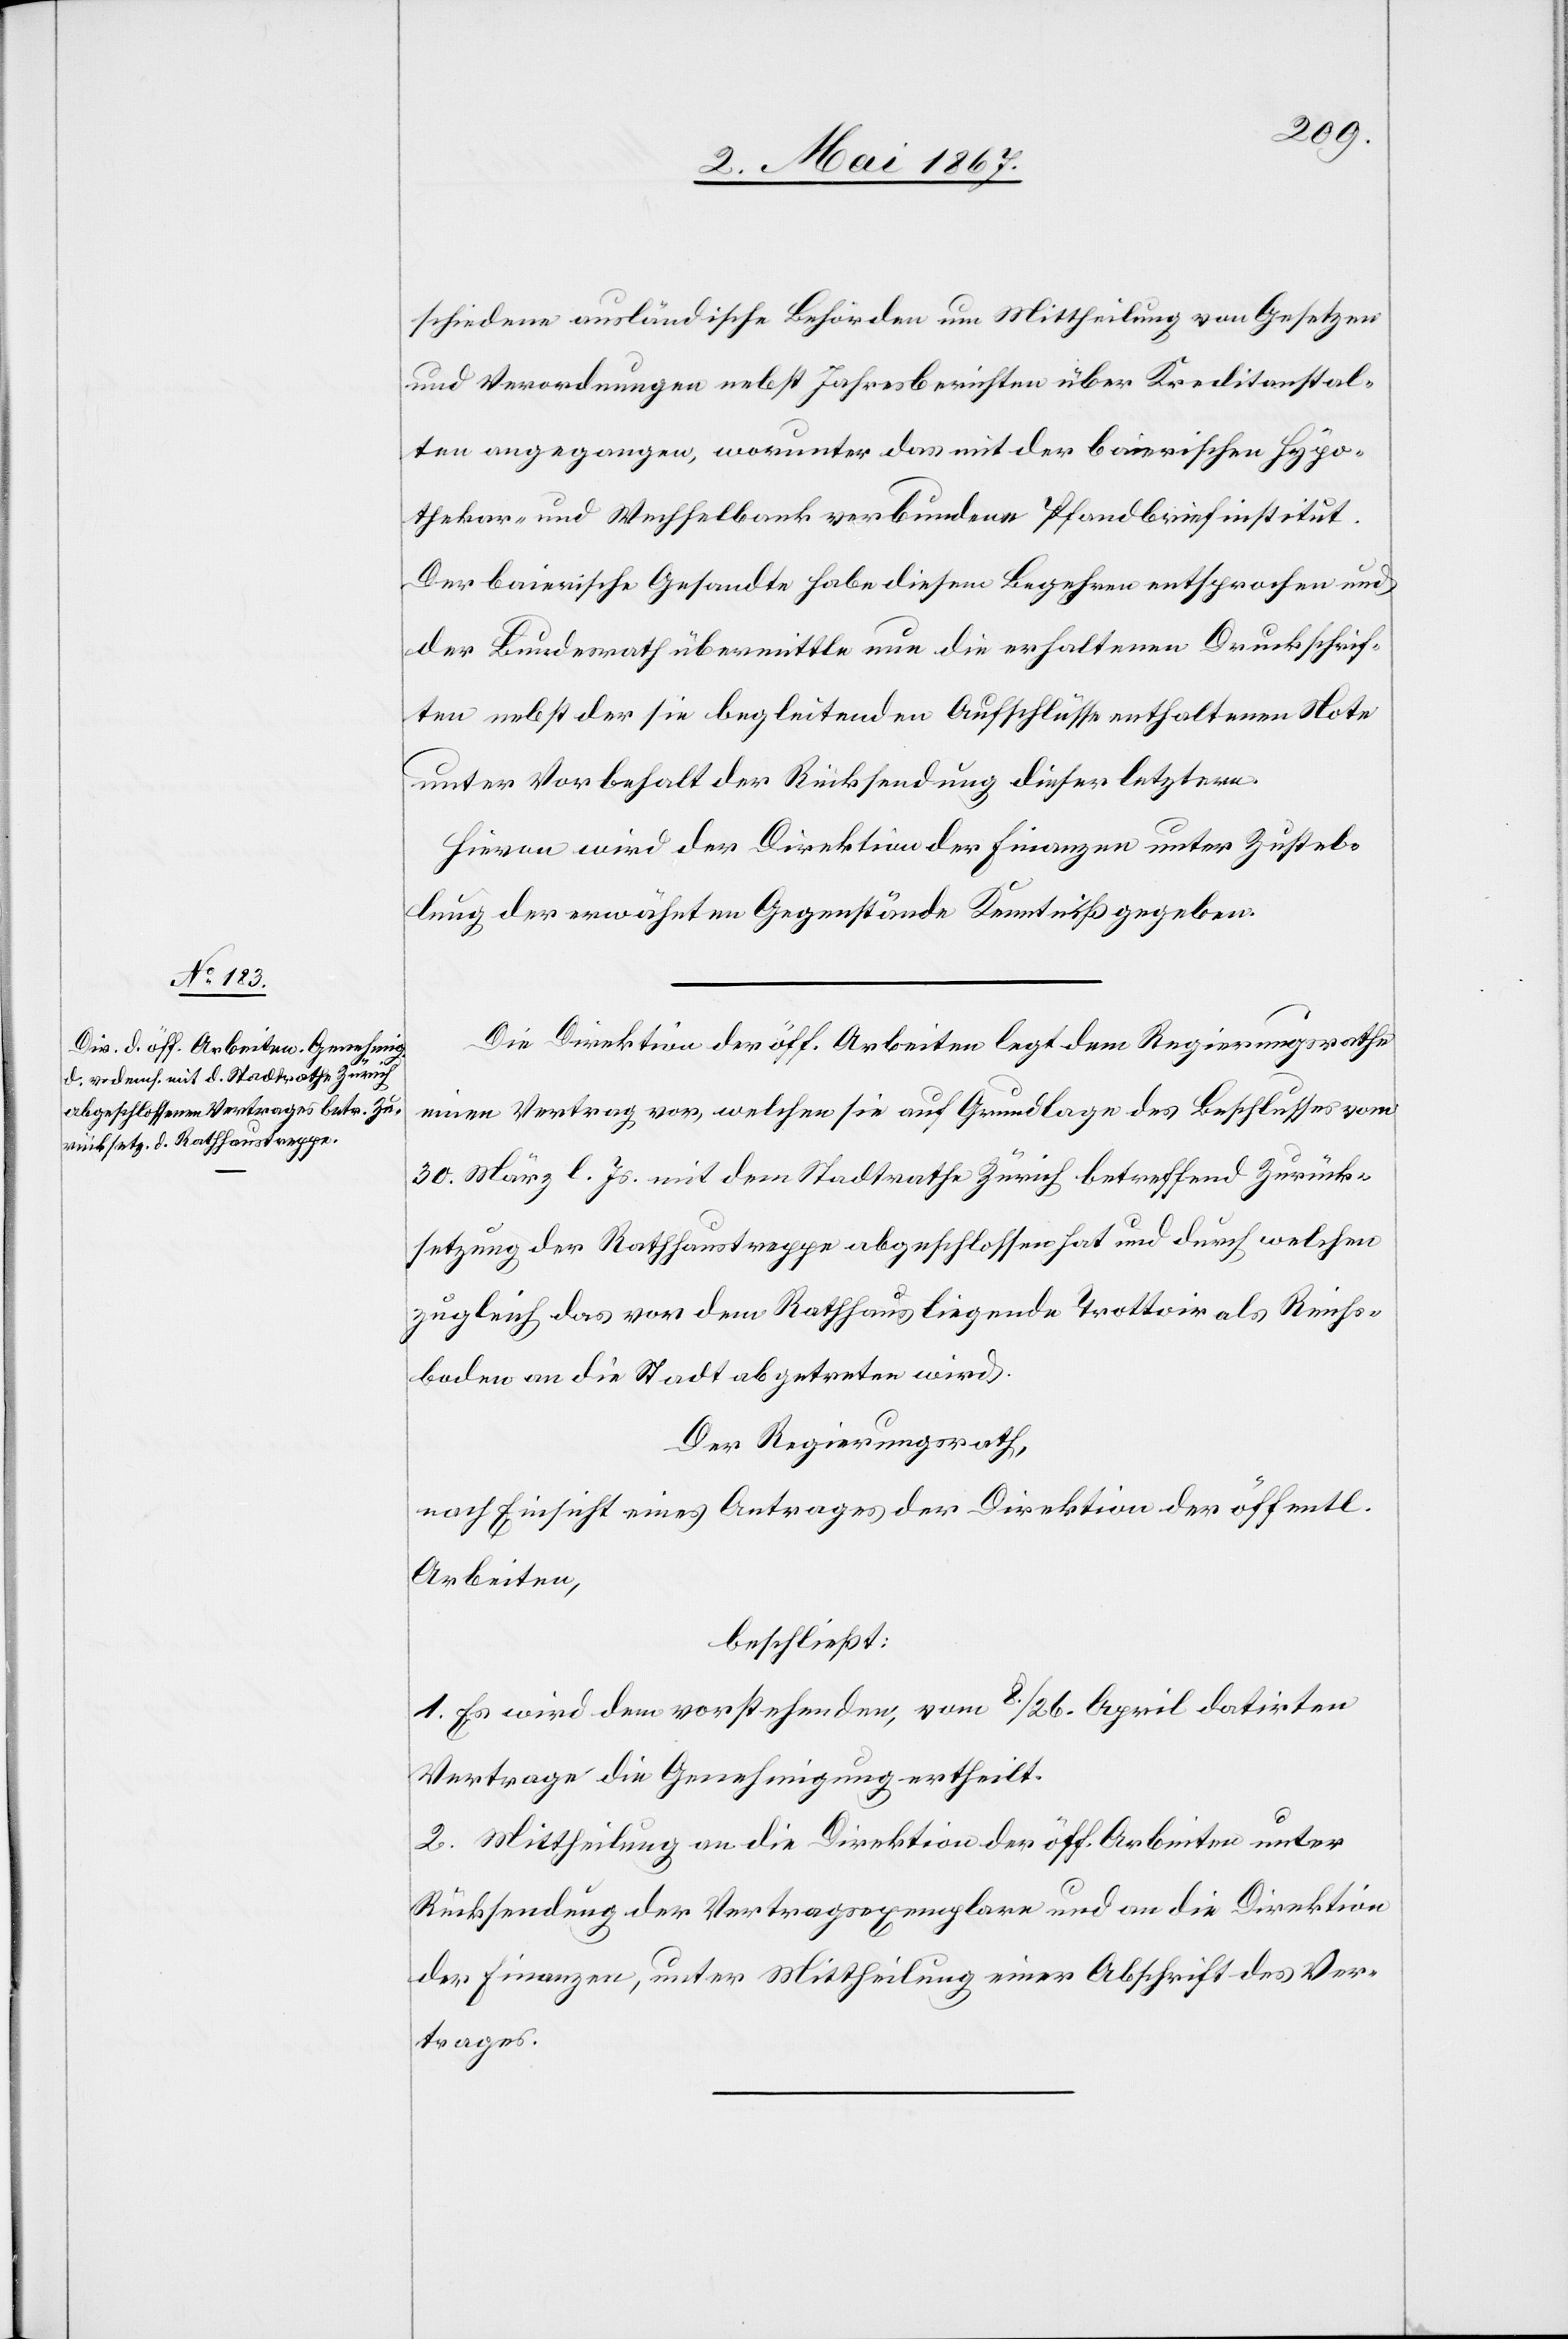
schiedene ausländische Behörden um Mittheilung von Gesetzen
und Verordnungen nebst Jahresberichten über Kreditanstal¬
ten angegangen, worunter das mit der baierischen Hypo¬
theken- und Wechselbank verbundene Pfandbriefinstitut.
Der baierische Gesandte habe diesem Begehren entsprochen und
der Bundesrath übermittle nun die erhaltenen Druckschrif¬
ten nebst der sie begleitenden Aufschlüsse enthaltenen Note
unter Vorbehalt der Rücksendung dieser letztern.
Hievon wird der Direktion der Finanzen unter Zustel¬
lung der erwähnten Gegenstände Kenntniß gegeben.
Die Direktion der öff. Arbeiten legt dem Regierungsrathe
einen Vertrag vor, welchen sie auf Grundlage des Beschlusses vom
30. März l. Js. mit dem Stadtrathe Zürich betreffend Zurück¬
setzung der Rathhaustreppe abgeschlossen hat und durch welchen
zugleich das vor dem Rathhaus liegende Trottoir als Reichs¬
boden an die Stadt abgetreten wird.
Der Regierungsrath,
nach Einsicht eines Antrages der Direktion der öffentl.
Arbeiten,
beschließt:
1. Es wird dem vorstehenden, vom 8. / 26. April datirten
Vertrage die Genehmigung ertheilt.
2. Mittheilung an die Direktion der öff. Arbeiten unter
Rücksendung der Vertragsexemplare und an die Direktion
der Finanzen, unter Mittheilung einer Abschrift des Ver¬
trages.